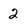
Character: 2